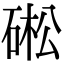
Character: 硹